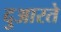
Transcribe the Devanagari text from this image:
दुआरते